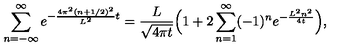
\sum _ { n = - \infty } ^ { \infty } e ^ { - { \frac { 4 \pi ^ { 2 } ( n + 1 / 2 ) ^ { 2 } } { L ^ { 2 } } } t } = { \frac { L } { \sqrt { 4 \pi t } } } \Bigl ( 1 + 2 \sum _ { n = 1 } ^ { \infty } ( - 1 ) ^ { n } e ^ { - { \frac { L ^ { 2 } n ^ { 2 } } { 4 t } } } \Bigr ) ,